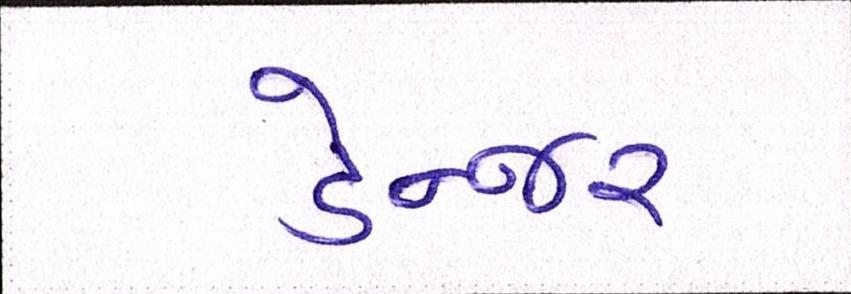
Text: ડેન્જર